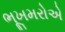
ભૂખમરોએ